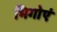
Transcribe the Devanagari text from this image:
भिगोएं